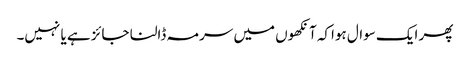
پھر ایک سوال ہواکہ آنکھوں میں سرمہ ڈالنا جائز ہے یا نہیں۔